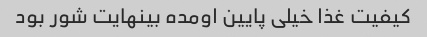
کیفیت غذا خیلی پایین اومده بینهایت شور بود